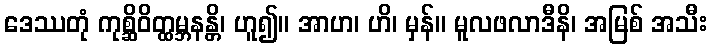
ဒေဿတုံ ကုစ္ဆိဝိတ္ထမ္ဘနန္တိ၊ ဟူ၍။ အာဟ၊ ဟိ၊ မှန်။ မူလဖလာဒီနိ၊ အမြစ် အသီး